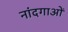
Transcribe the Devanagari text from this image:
नांदगाओं